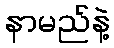
နာမည်နဲ့